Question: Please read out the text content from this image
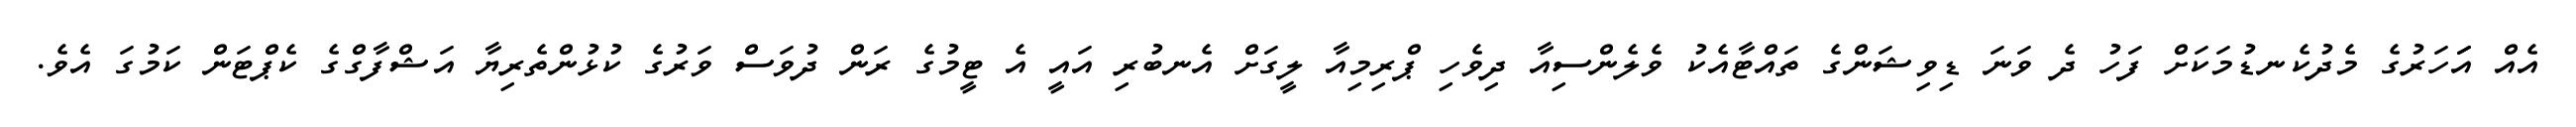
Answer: އެއް އަަހަރުގެ މެދުކެނޑުމަކަށް ފަހު ދެ ވަނަ ޑިވިޝަންގެ ތައްޓާއެކު ވެލެންސިއާ ދިވެހި ޕްރިމިއާ ލީގަށް އެނބުރި އައީ އެ ޓީމުގެ ރަން ދުވަސް ވަރުގެ ކުޅުންތެރިޔާ އަޝްފާގްގެ ކެޕްޓަން ކަމުގަ އެވެ.